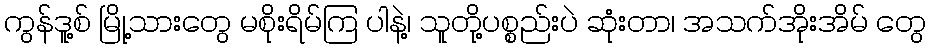
ကွန်ဒူ့စ် မြို့သားတွေ မစိုးရိမ်ကြ ပါနဲ့၊ သူတို့ပစ္စည်းပဲ ဆုံးတာ၊ အသက်အိုးအိမ် တွေ